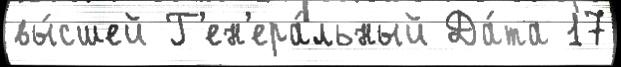
вы́сшей Г'ен'ера́льный Да́та 17